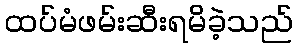
ထပ်မံဖမ်းဆီးရမိခဲ့သည်